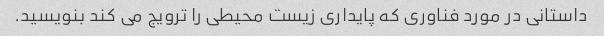
داستانی در مورد فناوری که پایداری زیست محیطی را ترویج می کند بنویسید.